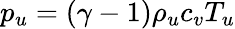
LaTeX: p_{u}=(\gamma-1)\rho_{u}c_{v}T_{u}